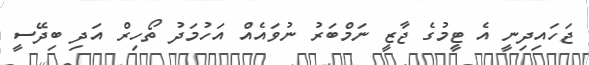
ޖަހައިދިނީ އެ ޓީމުގެ ޖާޒީ ނަމްބަރު ނުވައެއް އަހުމަދު ތޯހިރް އަދި ބިދޭސީ